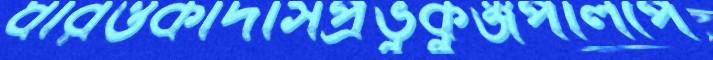
ধারওকাঁদাসপ্রভুকুঞ্জপালপে